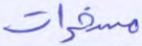
مسخرات